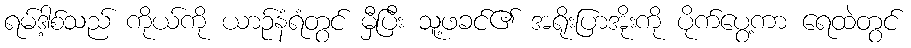
ရမ်ဒါ့စ်သည် ကိုယ်ကို ယာဉ်နံရံတွင် မှီပြီး သူ့ဖခင်၏ အရိုးပြာအိုးကို ပိုက်ပွေ့ကာ ရေထဲတွင်